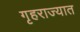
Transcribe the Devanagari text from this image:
गृहराज्यात